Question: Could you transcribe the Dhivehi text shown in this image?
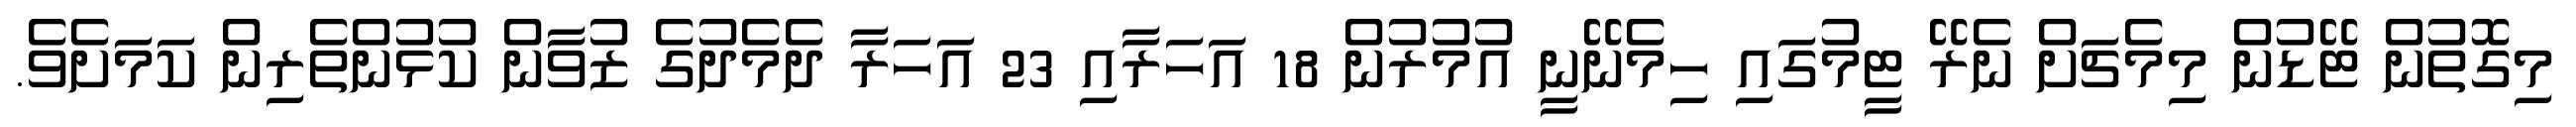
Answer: މިގޮތުން ޓޭޑުން މިމެޗަށް ނެރޭ ޓީމުގައި ހިމެނޭނީ އުމުރުން 18 އަހަރާއި 23 އަހަރާ ދެމެދުގެ ޒުވާން ކުޅުންތެރިން ކަމަށެވެ.